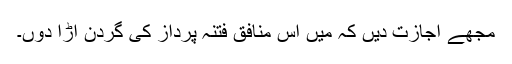
مجھے اجازت دیں کہ مَیں اس منافق فتنہ پرداز کی گردن اڑا دوں۔